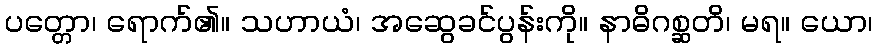
ပတ္တော၊ ရောက်၏။ သဟာယံ၊ အဆွေခင်ပွန်းကို။ နာဓိဂစ္ဆတိ၊ မရ။ ယော၊